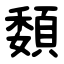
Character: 䫋